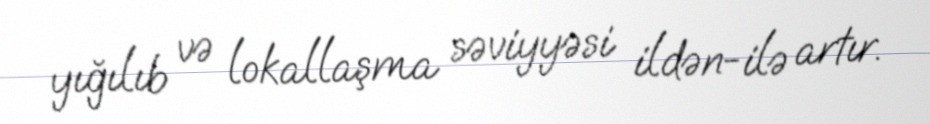
yığılıb və lokallaşma səviyyəsi ildən-ilə artır.